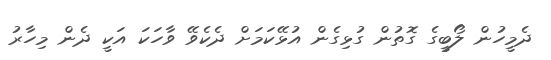
ދެމީހުން ލޯބީގެ ގޮތުން ގުޅިގެން އުޅޭކަމަށް ދެކެވޭ ވާހަކަ އަކީ ދެން މިހާރު